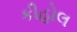
કીહોલ